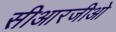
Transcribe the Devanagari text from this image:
सीआरजीओ